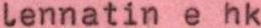
lennatin e hk